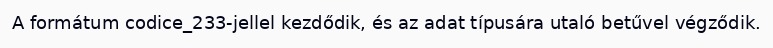
A formátum codice_233-jellel kezdődik, és az adat típusára utaló betűvel végződik.